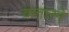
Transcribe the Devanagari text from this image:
कतारने